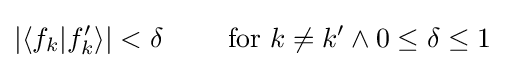
|\langle f_{k}|f_{k}'\rangle |<\delta \qquad {\text{ for }}k\neq k'\land 0\leq \delta \leq 1